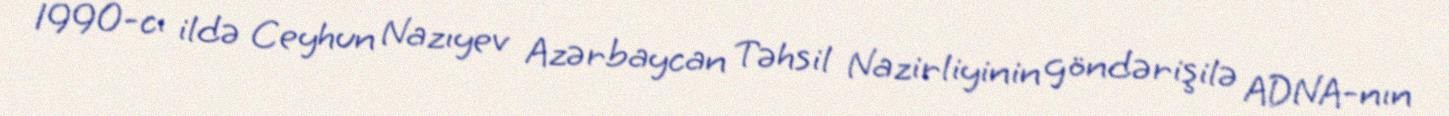
1990-cı ildə Ceyhun Nazıyev Azərbaycan Təhsil Nazirliyinin göndərişilə ADNA-nın